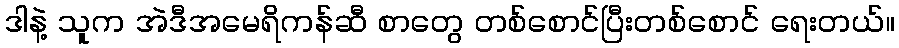
ဒါနဲ့ သူက အဲဒီအမေရိကန်ဆီ စာတွေ တစ်စောင်ပြီးတစ်စောင် ရေးတယ်။